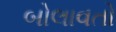
બોલાવતો